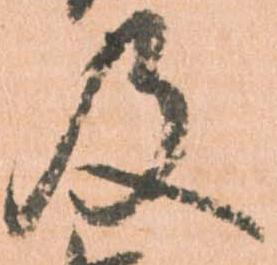
及